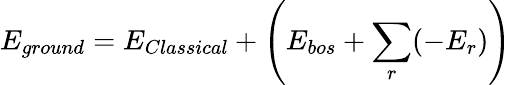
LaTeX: E_{ground}=E_{Classical}+\left(E_{bos}+\sum_{r}(-E_{r})\right)